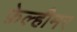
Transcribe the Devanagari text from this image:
फ़ेल्हीमर